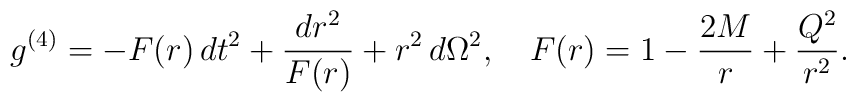
g^{(4)}=-F(r)\,dt^{2}+\frac{dr^{2}}{F(r)}+r^{2}\,d\Omega^{2},\quad F(r)=1-\frac{2M}{r}+\frac{{Q}^{2}}{r^{2}}.